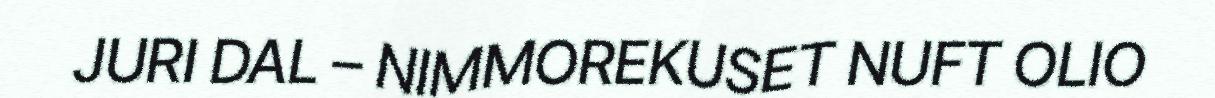
JURI DAL – NIMMOREKUSET NUFT OLIO